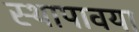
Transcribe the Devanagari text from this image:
स्थापावया